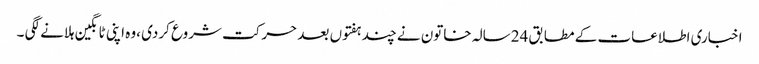
اخباری اطلاعات کے مطابق 24سالہ خاتون نے چند ہفتوں بعد حرکت شروع کردی ،وہ اپنی ٹانگین ہلانے لگی ۔